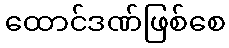
ထောင်ဒဏ်ဖြစ်စေ